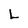
Character: L